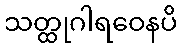
သတ္ထုဂါရဝေနပိ